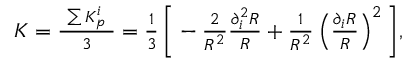
\begin{array} { r } { K = \frac { ~ \sum K _ { p } ^ { i } ~ } { ~ 3 ~ } = \frac { 1 } { 3 } \, \bigg [ - \frac { 2 } { R ^ { 2 } } \frac { \partial _ { i } ^ { 2 } R } { R } + \frac { 1 } { R ^ { 2 } } \left( \frac { \partial _ { i } R } { R } \right) ^ { 2 } \bigg ] , } \end{array}